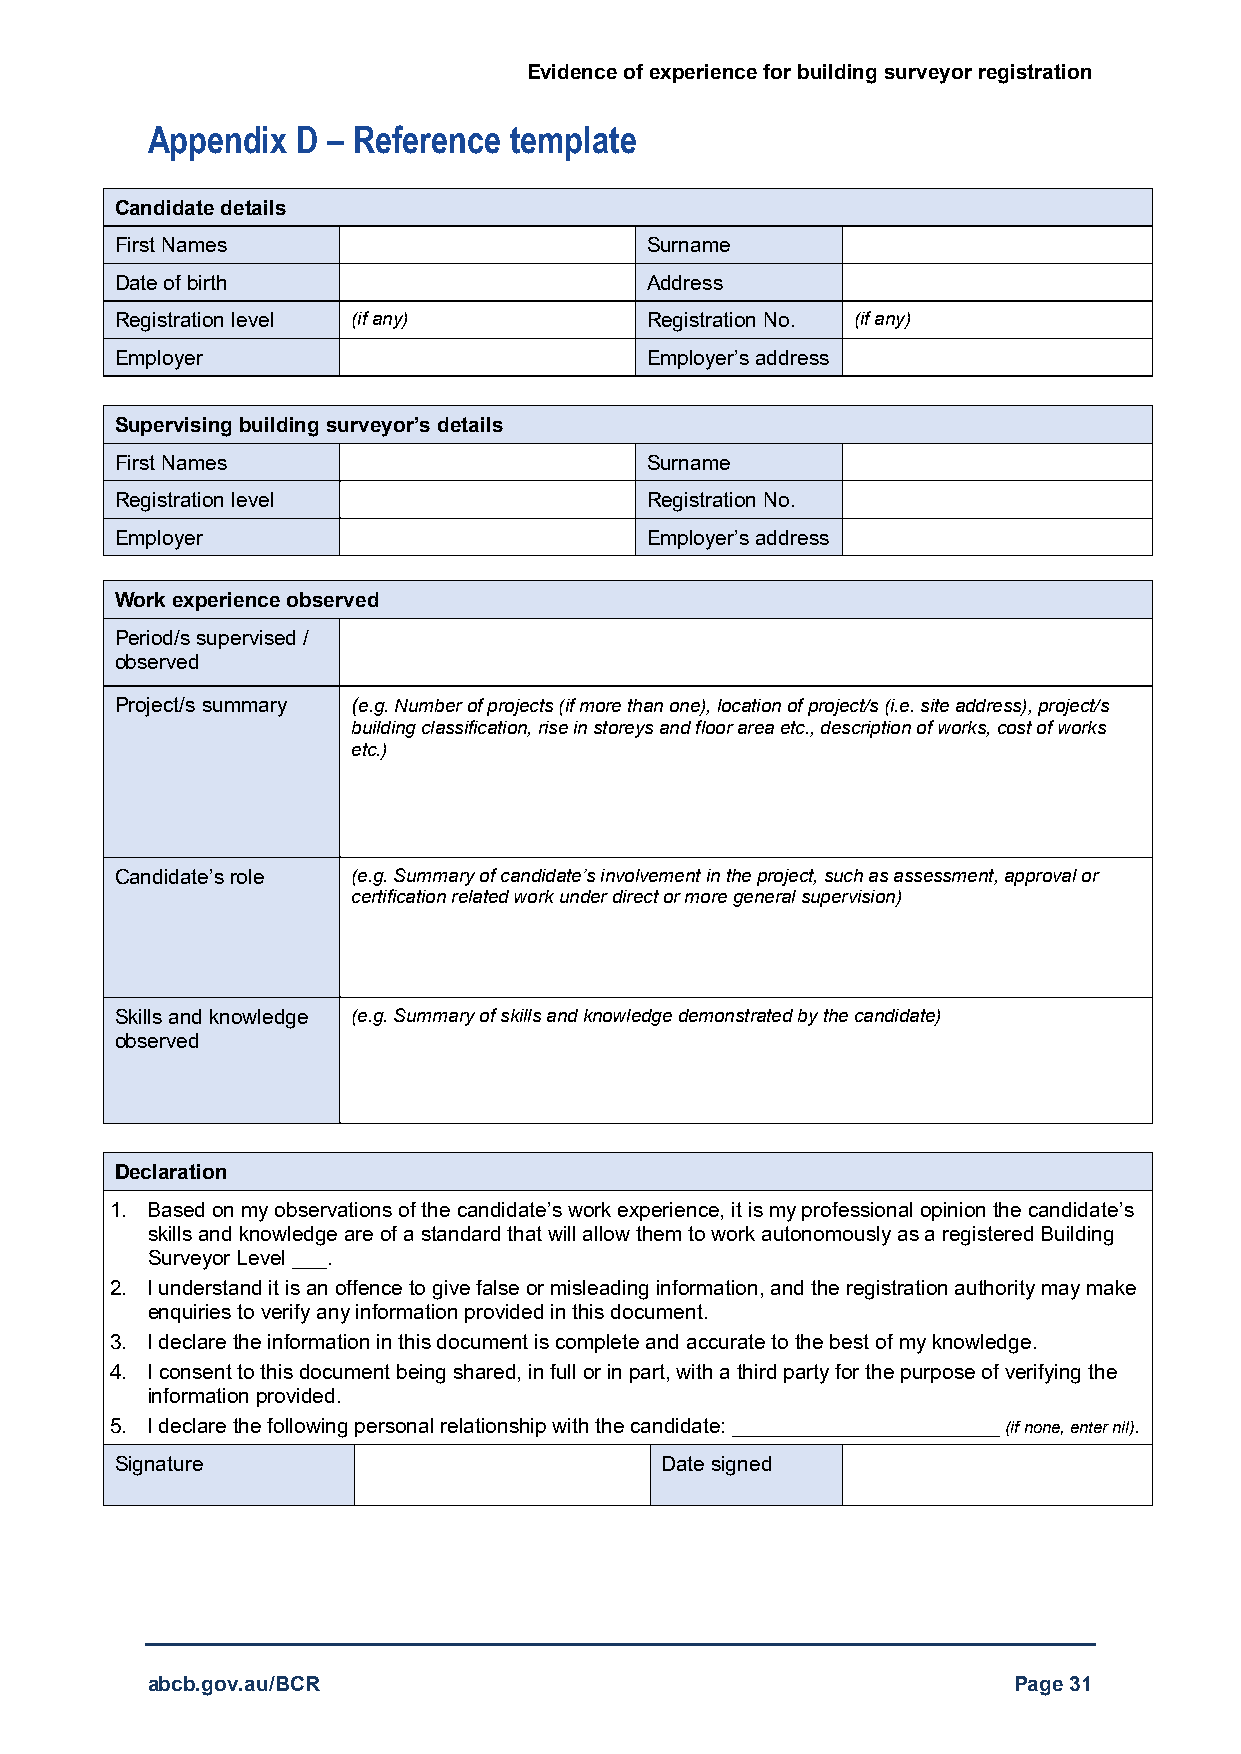
Evidence of experience for building surveyor registration
 Appendix  D – Reference template
 Candidate details
 First Names                        Surname
 Date of birth                      Address
 Registration level (if any)        Registration No. (if any)
 Employer                           Employer’s address
 Supervising building surveyor’s details
 First Names                        Surname
 Registration level                 Registration No.
 Employer                           Employer’s address
 Work experience observed
 Period/s supervised /
 observed
 Project/s summary (e.g. Number of projects (if more than one), location of project/s (i.e. site address), project/s
 building classification, rise in storeys and floor area etc., description of works, cost of works
 etc.)
 Candidate’s role (e.g. Summary of candidate’s involvement in the project, such as assessment, approval or
 certification related work under direct or more general supervision)
 Skills and knowledge (e.g. Summary of skills and knowledge demonstrated by the candidate)
 observed
 Declaration
 1. Based on my observations of the candidate’s work experience, it is my professional opinion the candidate’s
 skills and knowledge are of a standard that will allow them to work autonomously as a registered Building
 Surveyor Level ___.
 2. I understand it is an offence to give false or misleading information, and the registration authority may make
 enquiries to verify any information provided in this document.
 3. I declare the information in this document is complete and accurate to the best of my knowledge.
 4. I consent to this document being shared, in full or in part, with a third party for the purpose of verifying the
 information provided.
 5. I declare the following personal relationship with the candidate: _______________________ (if none, enter nil).
 Signature                           Date signed
 abcb.gov.au/BCR                                          Page 31